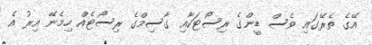
އޭގެ ތެރޭގައި ވެސް ޑީންގެ ރިސޯޓަކާއި ގާސިމްގެ ރިސޯޓެއް ހިމެނޭ އިރު އެ